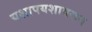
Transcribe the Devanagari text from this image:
यशापयशावरून